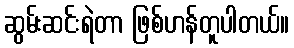
ဆွမ်းဆင်းရဲတာ ဖြစ်ဟန်တူပါတယ်။